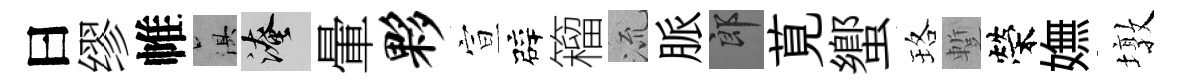
曰缪帷俱淹暈夥宣辟籕𣴑脈郎莧蠁珞蹔榮嫵墩